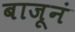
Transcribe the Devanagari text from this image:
बाजूनं